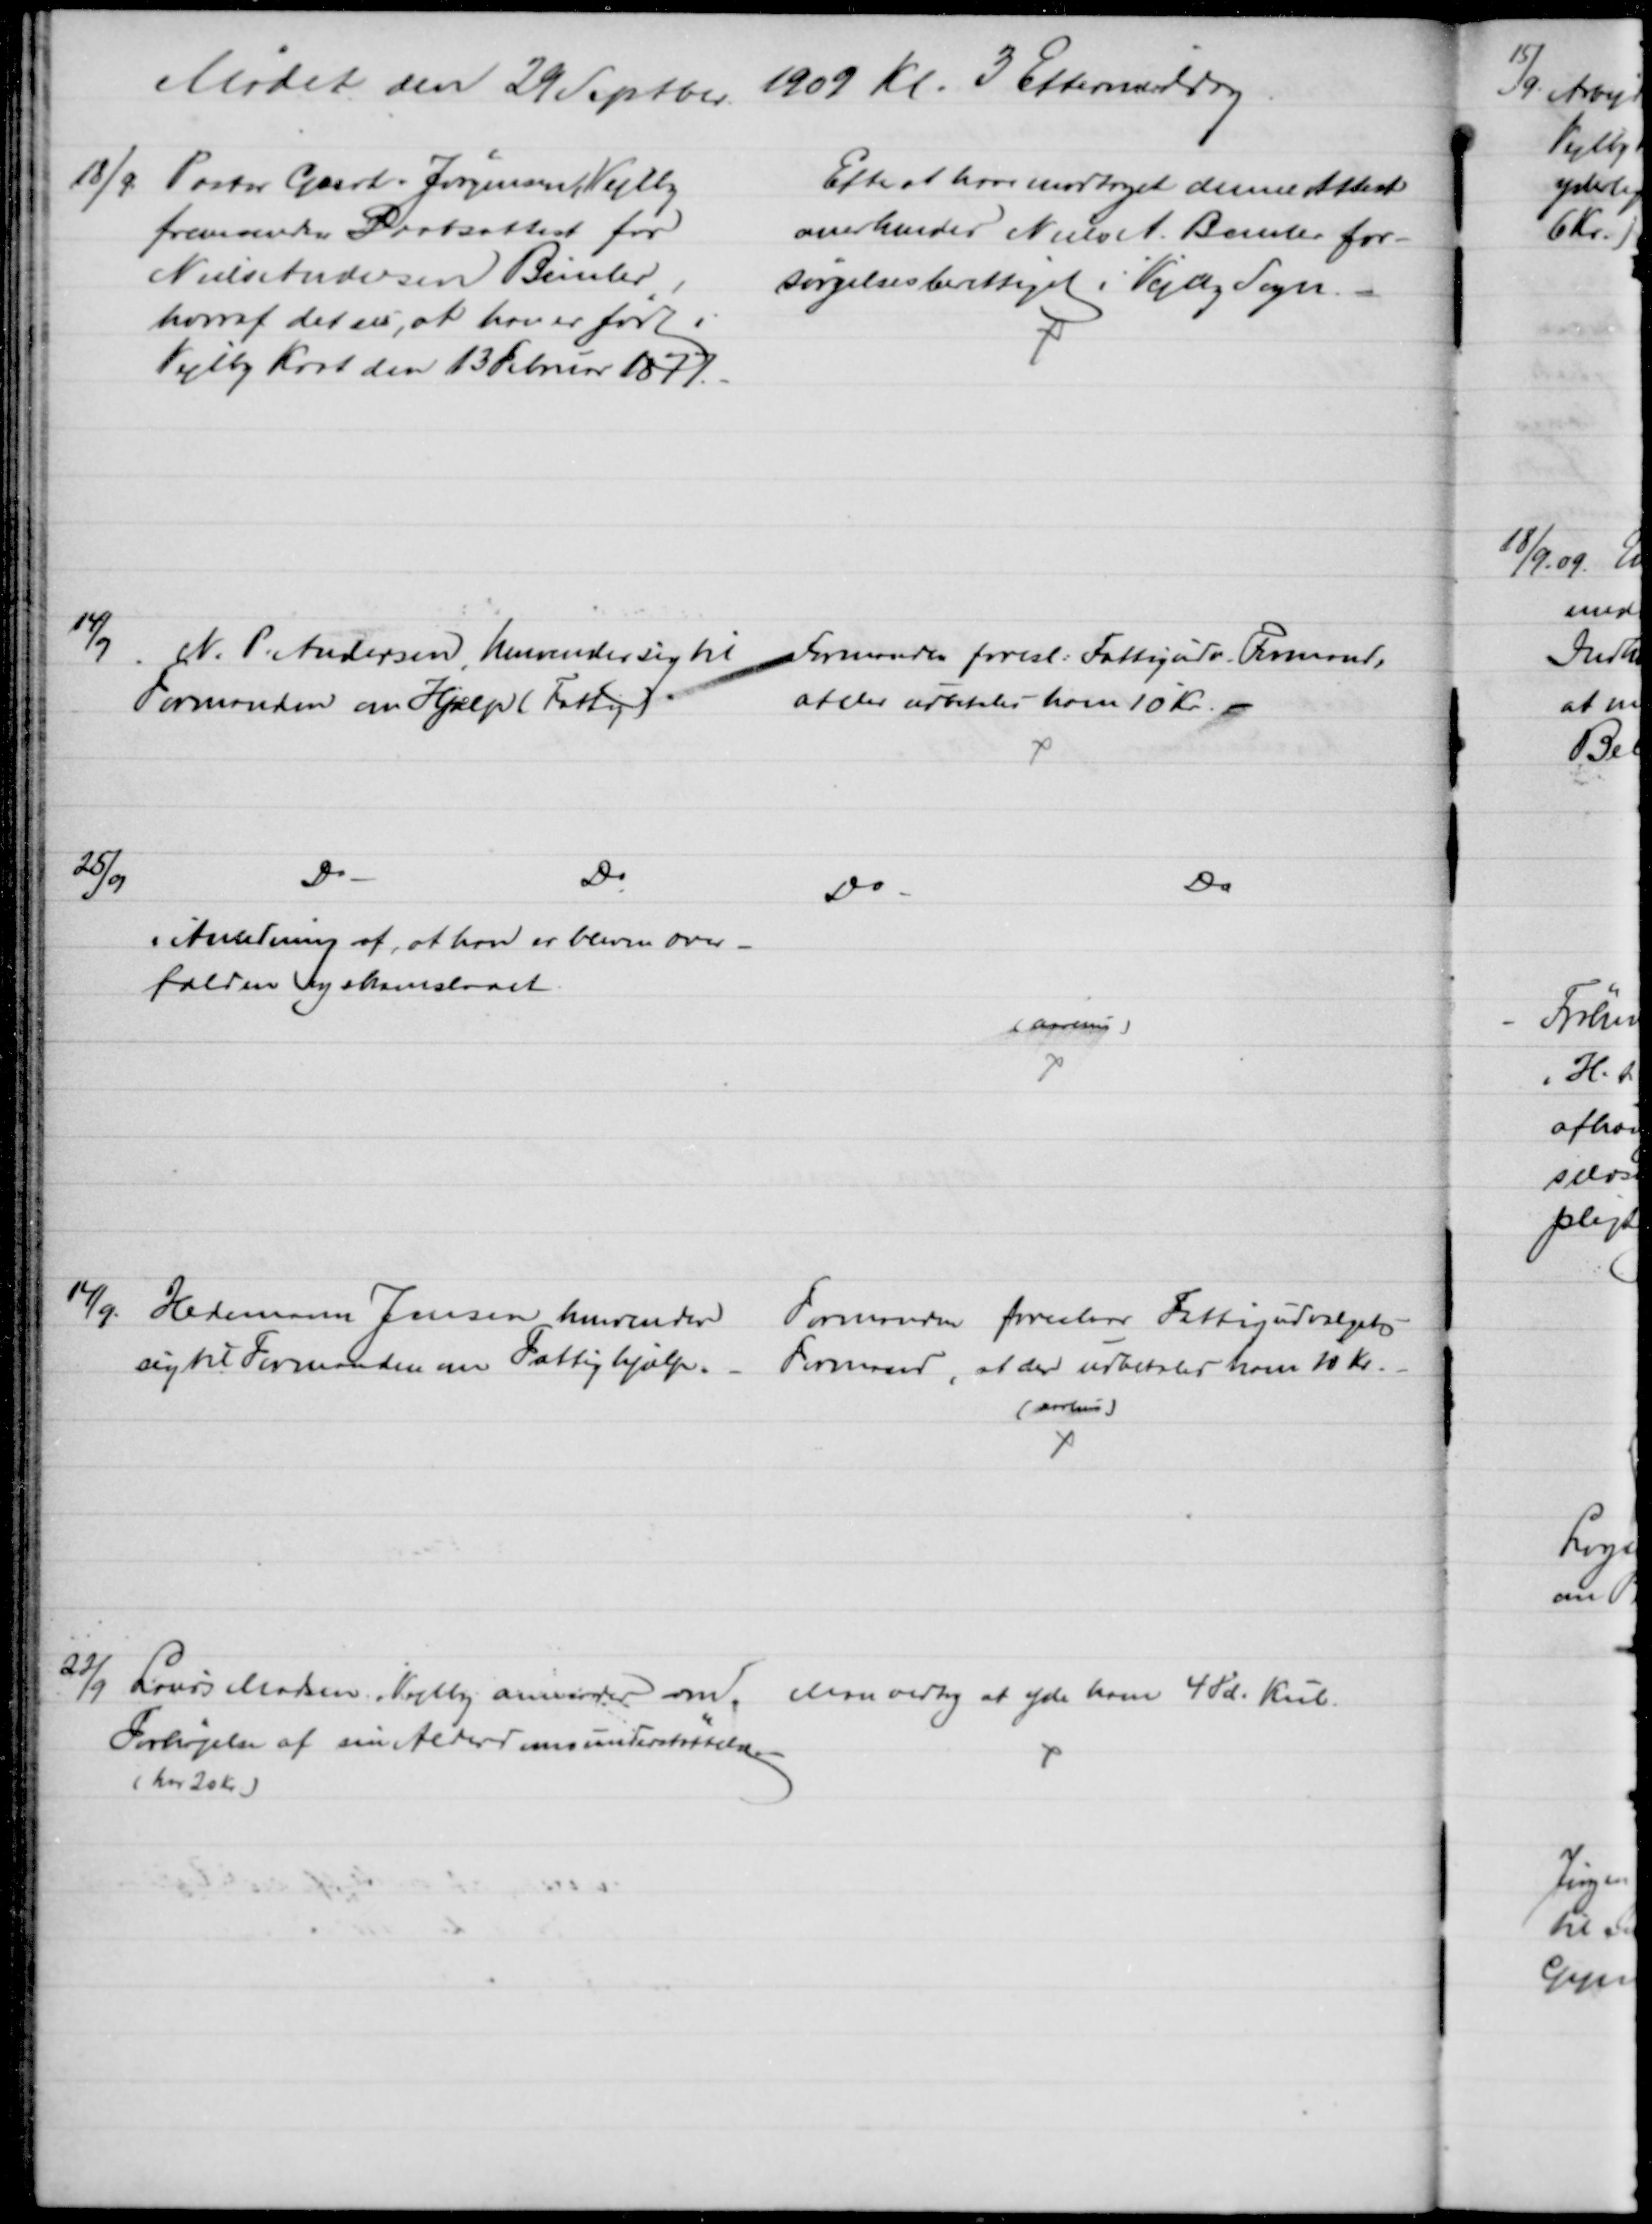
Transskription:
Mødet den 29 Septbr. 1909 Kl. 3 Eftermiddag
18/9.
Pastor Geert-Jørgensen, Vejlby
fremsender Daabsattest for
Niels Andersen Bemler,
hvoraf det ses, at han er født i
Vejlby Krat den 13 Februar 1877.
Efter at have modtaget denne Attest
anerkendes Niels A. Bemler for-
sørgelsesberettiget i Vejby Sogn.
14/9
N. P. Andersen, henvender sig til 
Formanden om Hjælp (Fattig)
Formanden foresl. Fattigudv. Formand,
at der udbetales ham 10 Kr. 
25/9
Do
Do
i Anledning af, at han er bleven over-
falden og skamslaaet
Do
Do
(Aarhus)
14/9. 
Hedemann Jensen henvender
sig til Formanden om Fattighjælp.
Formanden foreslaar Fattigudvalgets
Formand, at der udbetales ham 10 Kr.
(Aarhus)
22/9
Laurs Madsen, Vejlby anmoder om
Forhøjelse af sin Alderdomsunderstøttelse.
(har 20 Kr.)
Man vedtog at yde ham 4 Td. Kul.